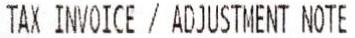
TAX INVOICE / ADJUSTMENT NOTE